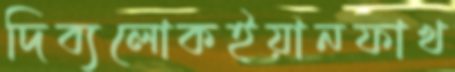
দিব্যলোকইয়ানফাখ